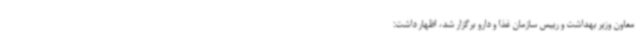
معاون وزیر بهداشت و رییس سازمان غذا و دارو برگزار شد، اظهار داشت: